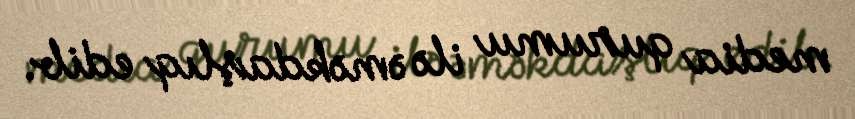
media qurumu ilə əməkdaşlıq edib.